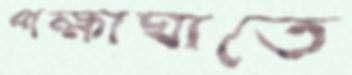
পক্ষাঘাতে